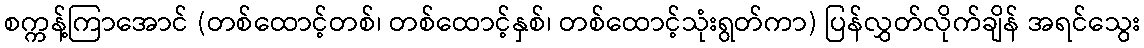
စက္ကန့်ကြာအောင် (တစ်ထောင့်တစ်၊ တစ်ထောင့်နှစ်၊ တစ်ထောင့်သုံးရွတ်ကာ) ပြန်လွှတ်လိုက်ချိန် အရင်သွေး